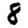
Digit: 8